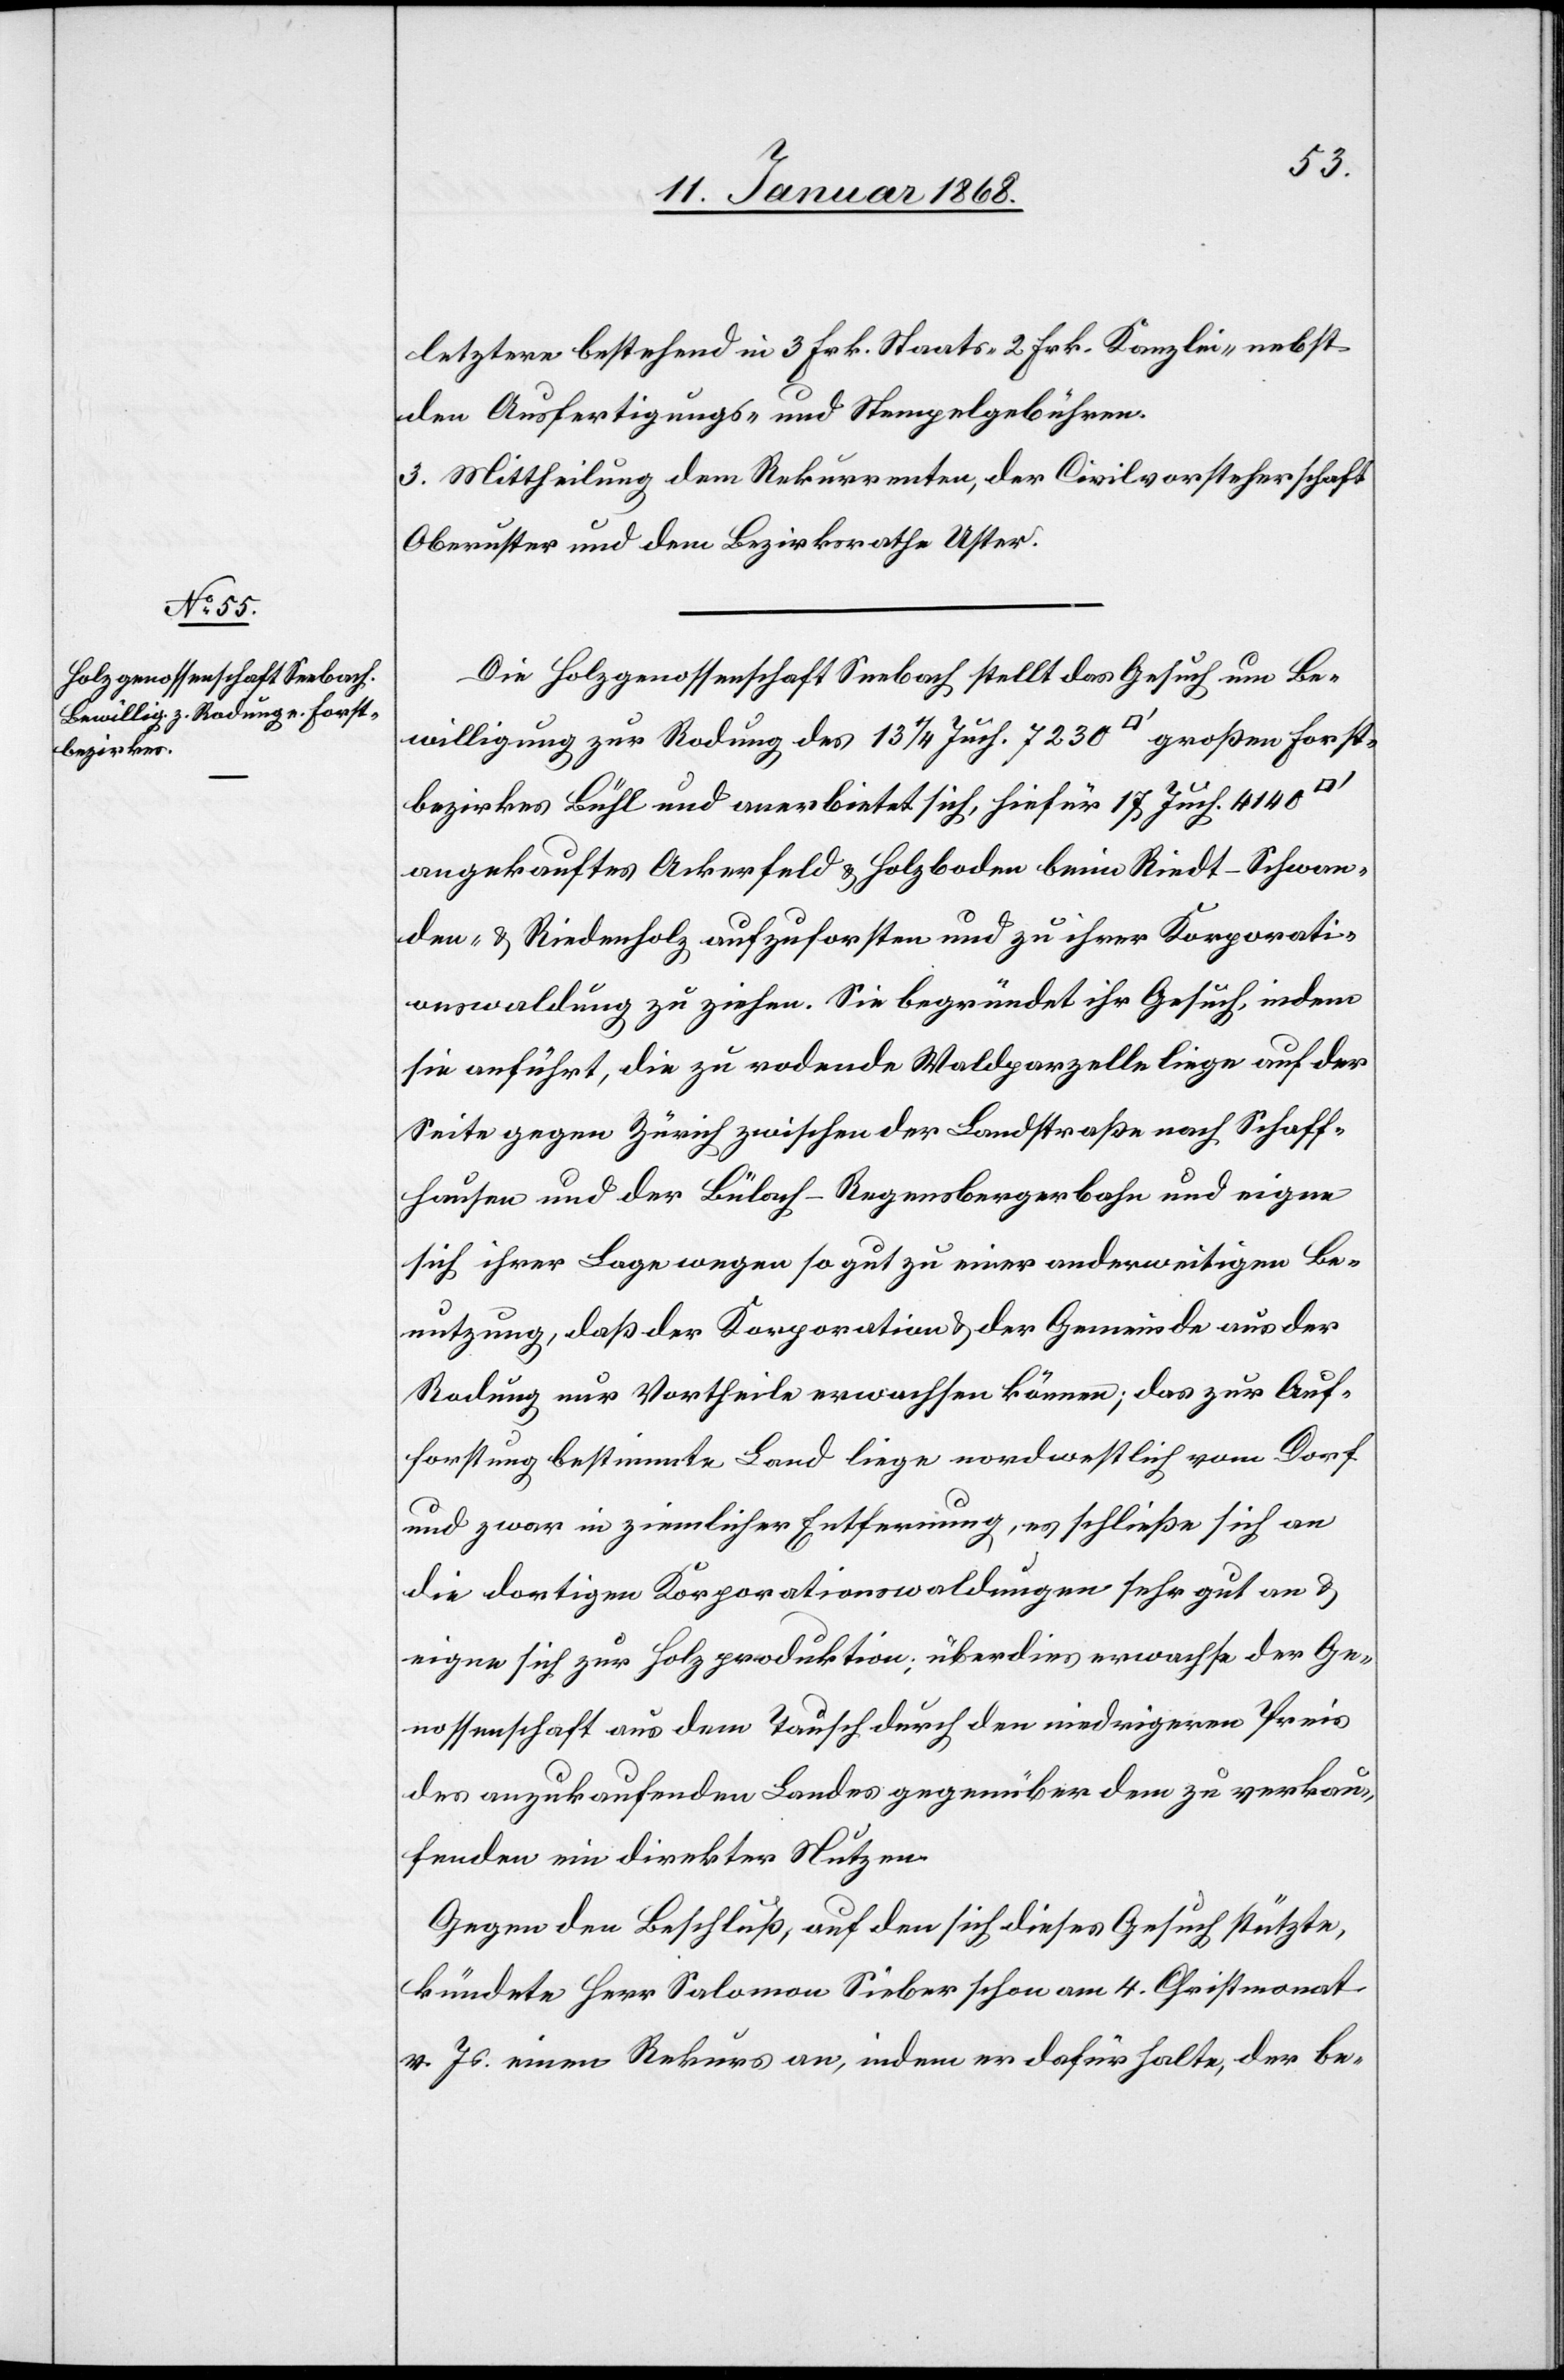
letztere bestehend in 3 Frk. Staats-[,] 2 Frk. Kanzlei-[,] nebst
den Ausfertigungs- und Stempelgebühren.
3. Mittheilung dem Rekurrenten, der Civilvorsteherschaft
Oberuster und dem Bezirksrathe Uster.
Die Holzgenossenschaft Seebach stellt das Gesuch um Be¬
willigung zur Rodung des 13 1/4 Juch. 7230 [Quadratfuß] großen Forst¬
bezirkes Bühl und anerbietet sich, hiefür 17 Juch. 4140
angekauftes Ackerfeld & Holzboden beim Riedt-[,] Schwan¬
den- & Riedenholz aufzuforsten und zu ihrer Korporati¬
onswaldung zu ziehen. Sie begründet ihr Gesuch, indem
sie anführt, die zu rodende Waldparzelle liege auf der
Seite gegen Zürich zwischen der Landstraße nach Schaff¬
hausen und der Bülach-Regensbergerbahn und eigne
sich ihrer Lage wegen so gut zu einer anderweitigen Be¬
nutzung, daß der Korporation & der Gemeinde aus der
Rodung nur Vortheile erwachsen können; das zur Auf¬
forstung bestimmte Land liege nordwestlich vom Dorf
und zwar in ziemlicher Entfernung, es schließe sich an
die dortigen Korporationswaldungen sehr gut an &
eigne sich zur Holzproduktion; überdies erwachse der Ge¬
nossenschaft aus dem Tausch durch den niedrigeren Preis
des anzukaufenden Landes gegenüber dem zu verkau¬
fenden ein direkter Nutzen.
Gegen den Beschluß, auf den sich dieses Gesuch stützte,
kündete Herr Salomon Sieber schon am 4. Christmonat
v. Js. einen Rekurs an, indem er dafür halte, der be-